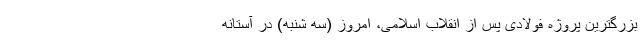
بزرگترین پروژه فولادی پس از انقلاب اسلامی، امروز (سه شنبه) در آستانه